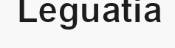
Leguatia